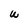
Character: W